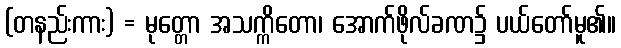
(တနည်းကား) = မုတ္တော အသက္ကိတော၊ အောက်ဖိုလ်ခဏ၌ ပယ်တော်မူ၏။